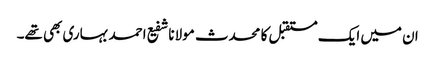
ان میں ایک مستقبل کا محدث مولانا شفیع احمد بہاری بھی تھے۔